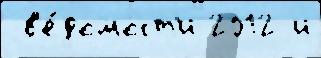
 в'е́домост'и 2012 и